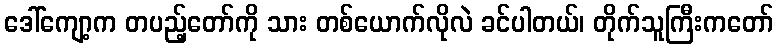
ဒေါ်ကျော့က တပည့်တော်ကို သား တစ်ယောက်လိုလဲ ခင်ပါတယ်၊ တိုက်သူကြီးကတော်